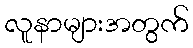
လူနာများအတွက်